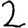
Digit: 2